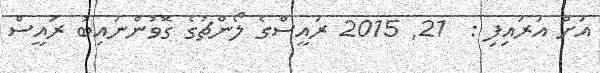
އަށް އަރައިފި :  21